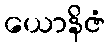
ယောနိဇံ